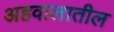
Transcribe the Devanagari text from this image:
अहवालातील